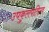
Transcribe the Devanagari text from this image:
उपकुलपतित्व